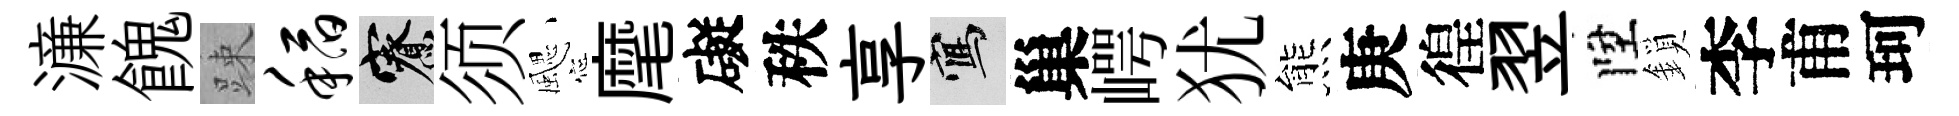
濓餽踈稻寮须颸麾礙秩享寫巢崿犹熊庚徨翌陞鎖李甫珂